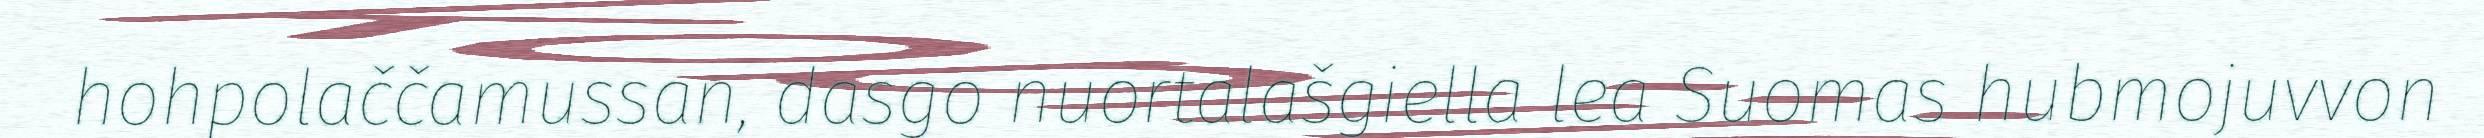
hohpolaččamussan, dasgo nuortalašgiella lea Suomas hubmojuvvon